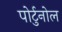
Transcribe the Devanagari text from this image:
पोर्टुनोल